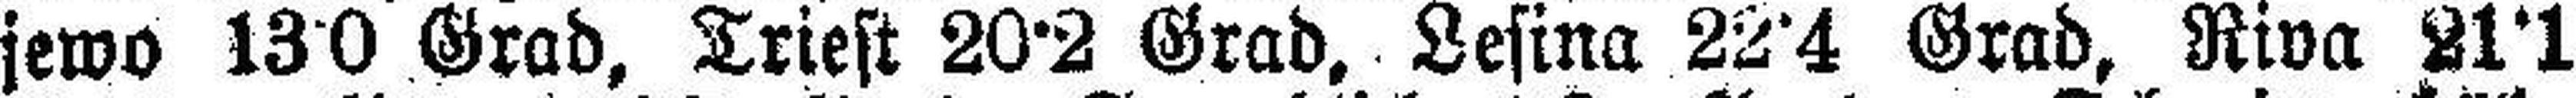
jewo 13°0 Grad, Triest 20°2 Grad, Lesina 22°4 Grad, Riva 21°1